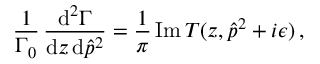
\frac { 1 } { \Gamma _ { 0 } } \, \frac { \mathrm { d } ^ { 2 } \Gamma } { \mathrm { d } z \, \mathrm { d } \hat { p } ^ { 2 } } = \frac { 1 } { \pi } \, \mathrm { I m } \, T ( z , \hat { p } ^ { 2 } + i \epsilon ) \, ,